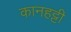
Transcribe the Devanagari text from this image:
कानहट्टी